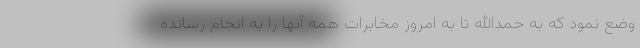
وضع نمود که به حمدالله تا به امروز مخابرات همه آنها را به انجام رسانده